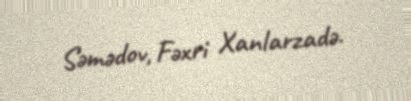
Səmədov, Fəxri Xanlarzadə.